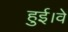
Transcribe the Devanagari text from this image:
हुई।वे